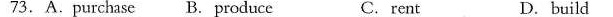
73.A.Purchasc B.Produce C. rent D.build